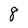
Character: 8